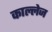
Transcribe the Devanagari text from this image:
काल्लेज